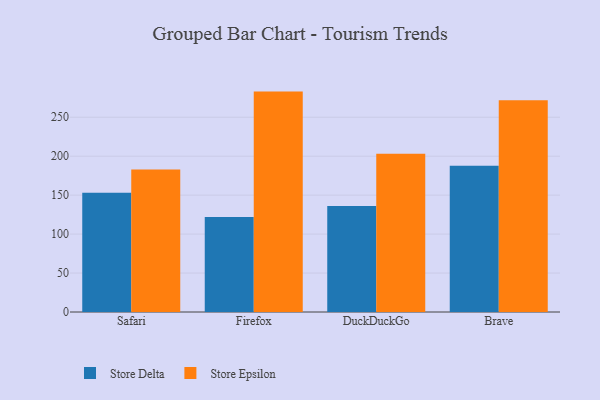
{"axis": {"x": "Browser", "y": "Budget (USD K)"}, "legend": ["Store Delta", "Store Epsilon"], "data": [{"x": "Safari", "y": 153.0, "type": "Store Delta"}, {"x": "Safari", "y": 182.9, "type": "Store Epsilon"}, {"x": "Firefox", "y": 121.8, "type": "Store Delta"}, {"x": "Firefox", "y": 282.9, "type": "Store Epsilon"}, {"x": "DuckDuckGo", "y": 135.9, "type": "Store Delta"}, {"x": "DuckDuckGo", "y": 203.1, "type": "Store Epsilon"}, {"x": "Brave", "y": 187.8, "type": "Store Delta"}, {"x": "Brave", "y": 271.9, "type": "Store Epsilon"}]}